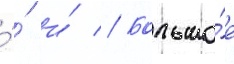
́́ и́ // Большо́е